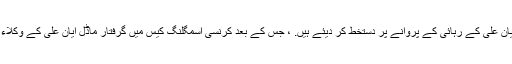
تفصیلات کے مطابق بینکنگ کورٹ کے جج صابر سلطان نے ایان علی کے رہائی کے پروانے پر دستخط کر دیئے ہیں. ، جس کے بعد کرنسی اسمگلنگ کیس میں گرفتار ماڈل ایان علی کے وکلاء کی ٹیم ایان علی کی رہائی کا پروانہ لے کر اڈیالہ جیل پہنچ گئی۔